Annual report of the Punjab Veterinary College and of the Civil Veterinary Department, Punjab - 1894-1908
Year: 1894
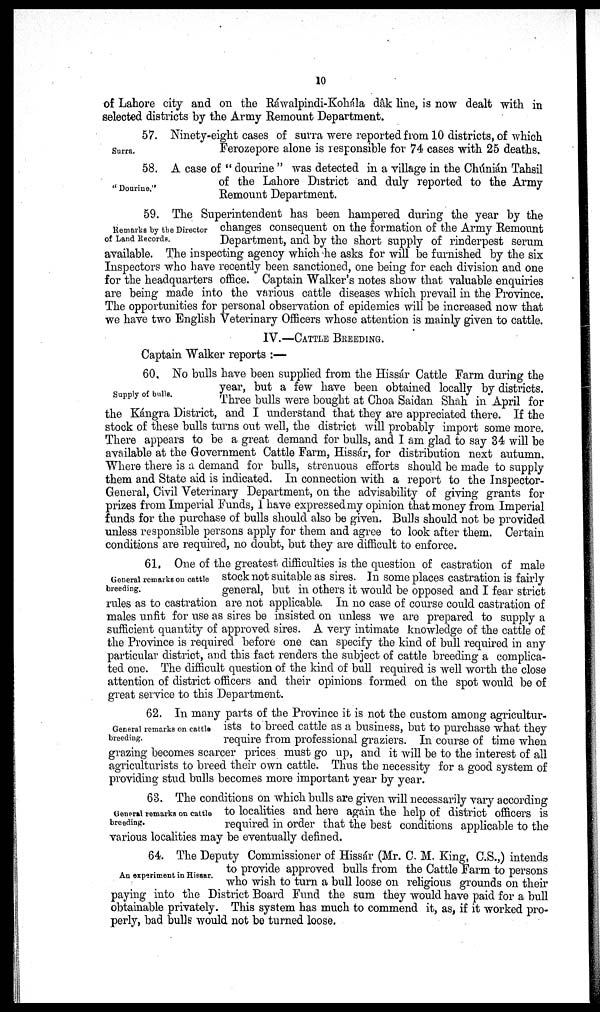
10
of Lahore city and on the Ráwalpindi-Kohála dâk line, is now dealt with in
selected districts by the Army Remount Department.
Surra.
57. Ninety-eight cases of surra were reported from 10 districts, of which
Ferozepore alone is responsible for 74 cases with 25 deaths.
Dourine."
58. A case of " dourine " was detected in a village in the Chúnián Tahsil
of the Lahore District and duly reported to the Army
Remount Department.
Remarks by the Director
of Land Records.
59. The Superintendent has been hampered during the year by the
changes consequent on the formation of the Army Remount
Department, and by the short supply of rinderpest serum
available. The inspecting agency which he asks for will be furnished by the six
Inspectors who have recently been sanctioned, one being for each division and one
for the headquarters office. Captain Walker's notes show that valuable enquiries
are being made into the various cattle diseases which prevail in the Province.
The opportunities for personal observation of epidemics will be increased now that
we have two English Veterinary Officers whose attention is mainly given to cattle.
IV.—CATTLE BREEDING.
Captain Walker reports :—
Supply of bulls.
60. No bulls have been supplied from the Hissár Cattle Farm during the
year, but a few have been obtained locally by districts.
Three bulls were bought at Choa Saidan Shah in April for
the Kángra District, and I understand that they are appreciated there. If the
stock of these bulls turns out well, the district will probably import some more.
There appears to be a great demand for bulls, and I am glad to say 34 will be
available at the Government Cattle Farm, Hissár, for distribution next autumn.
Where there is a demand for bulls, strenuous efforts should be made to supply
them and State aid is indicated. In connection with a report to the Inspector-
General, Civil Veterinary Department, on the advisability of giving grants for
prizes from Imperial Funds, 1 have expressed my opinion that money from Imperial
funds for the purchase of bulls should also be given. Bulls should not be provided
unless responsible persons apply for them and agree to look after them. Certain
conditions are required, no doubt, but they are difficult to enforce.
General remarks on cattle
breeding.
61, One of the greatest difficulties is the question of castration of male
stock not suitable as sires. In some places castration is fairly
general, but in others it would be opposed and I fear strict
rules as to castration are not applicable. In no case of course could castration of
males unfit for use as sires be insisted on unless we are prepared to supply a
sufficient quantity of approved sires. A very intimate knowledge of the cattle of
the Province is required before one can specify the kind of bull required in any
particular district, and this fact renders the subject of cattle breeding a complica-
ted one. The difficult question of the kind of bull required is well worth the close
attention of district officers and their opinions formed on the spot would be of
great service to this Department.
General remarks on cattle
breeding.
62. In many parts of the Province it is not the custom among agricultur-
ists to breed cattle as a business, but to purchase what they
require from professional graziers. In course of time when
grazing becomes scarcer prices must go up, and it will be to the interest of all
agriculturists to breed their own cattle. Thus the necessity for a good system of
providing stud bulls becomes more important year by year.
General remarks on cattle
breeding.
63. The conditions on which bulls are given will necessarily vary according
to localities and here again the help of district officers is
required in order that the best conditions applicable to the
various localities may be eventually defined.
An experiment in Hissar.
64. The Deputy Commissioner of Hissár (Mr. C. M. King, C.S.,) intends
to provide approved bulls from the Cattle Farm to persons
who wish to turn a bull loose on religious grounds on their
paying into the District Board Fund the sum they would have paid for a bull
obtainable privately. This system has much to commend it, as, if it worked pro-
perly, bad bulls would not be turned loose.